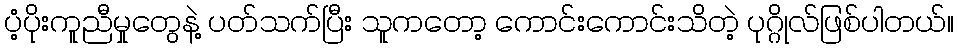
ပံ့ပိုးကူညီမှုတွေနဲ့ ပတ်သက်ပြီး သူကတော့ ကောင်းကောင်းသိတဲ့ ပုဂ္ဂိုလ်ဖြစ်ပါတယ်။